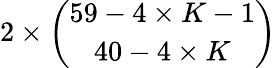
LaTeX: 2\times\binom{59-4\times K-1}{40-4\times K}